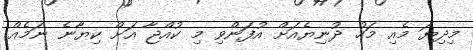
މިދިޔަ މެއި މަހު ދުނިޔެއަށް އުފަންވި މި ކުއްޖާ އަށް ކިޔާނެ ނަމެއް